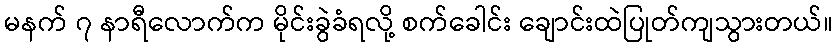
မနက် ၇ နာရီလောက်က မိုင်းခွဲခံရလို့ စက်ခေါင်း ချောင်းထဲပြုတ်ကျသွားတယ်။